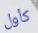
كأول